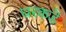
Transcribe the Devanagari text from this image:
घरकडॆ